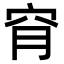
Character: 𥥃